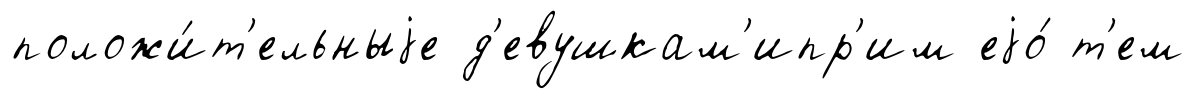
положи́т'ельныjе д'евушкам'ипр'им еjо́ т'ем